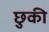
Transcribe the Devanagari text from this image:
छुकी